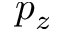
p _ { z }